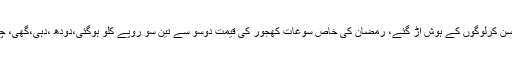
گوشت،سبزی،پھلوں کی قیمتیں سن کرلوگوں کے ہوش اڑ گئے، رمضان کی خاص سوغات کھجور کی قیمت دوسو سے تین سو روپے کلو ہوگئی،دودھ ،دہی،گھی، چینی،آٹے کے بھی دام بڑھ گئے۔